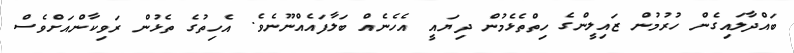
ބައްދާލައިގެން ހުރުމުން ޒައިލީންގެ ހިތްތެޅެމުން ދިޔައީ އެހެނެއް ބަލާފައެއްނޫނެވެ. އެހިތުގެ ތެޅުން ރަވިކާންއަށްވެސް